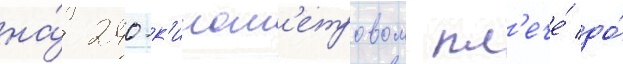
на́ 240-к'илом'етровом пл'ече́ до́